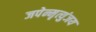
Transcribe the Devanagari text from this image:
जपेन्मृत्युंजय